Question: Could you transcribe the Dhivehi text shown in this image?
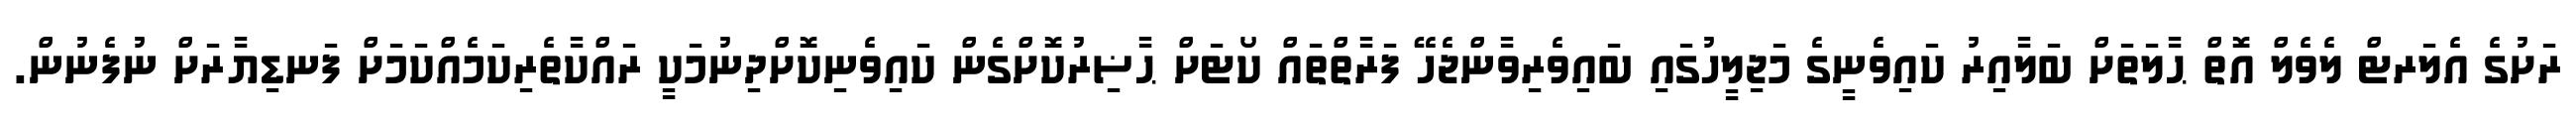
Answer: ރަށުގެ އެލަރޓް ލެވެލް އޮތް ޙާލަތަށް ބަލާއިރު ކައިވެނީގެ މަޖިލީހުގައި ބައިވެރިވާންޖެހޭ ފަރާތްތައް ކޯޓަށް ޙާޟިރުކޮށްގެން ކައިވެނިކޮށްދިނުމަކީ ރައްކާތެރިކަމެއްކަމަށް ފަނޑިޔާރަށް ނުފެނުން.